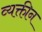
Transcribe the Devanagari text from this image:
व्यक्तीन